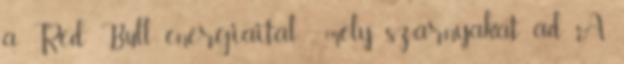
a Red Bull energiaital , mely szárnyakat ad A